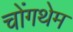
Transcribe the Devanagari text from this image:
चोंगथेम